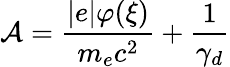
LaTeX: \mathcal{A}=\frac{|e|\varphi(\xi)}{m_{e}c^{2}}+\frac{1}{\gamma_{d}}